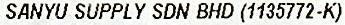
SANYU SUPPLY SDN BHD (1135772-K)